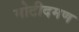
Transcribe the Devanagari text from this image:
मोटीदमण